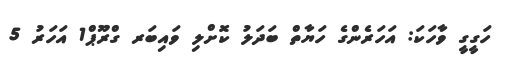
ހަގީގީ ވާހަކަ: އަހަރެންގެ ހަޔާތް ބަދަލު ކޮށްލި ވައިބަރ ގްރޫޕް1 އަހަރު 5